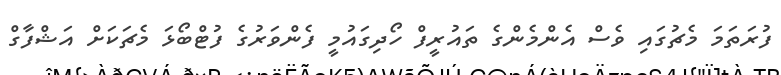
ފުރަތަމަ މެޗުގައި ވެސް އެންމެންގެ ތައުރީފް ހޯދިގައުމީ ފެންވަރުގެ ފުޓްބޯޅަ މެޗަކަށް އަޝްފާގް